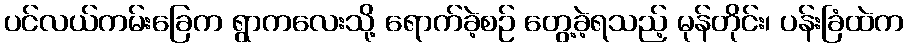
ပင်လယ်ကမ်းခြေက ရွာကလေးသို့ ရောက်ခဲ့စဉ် တွေ့ခဲ့ရသည့် မုန်တိုင်း၊ ပန်းခြံထဲက